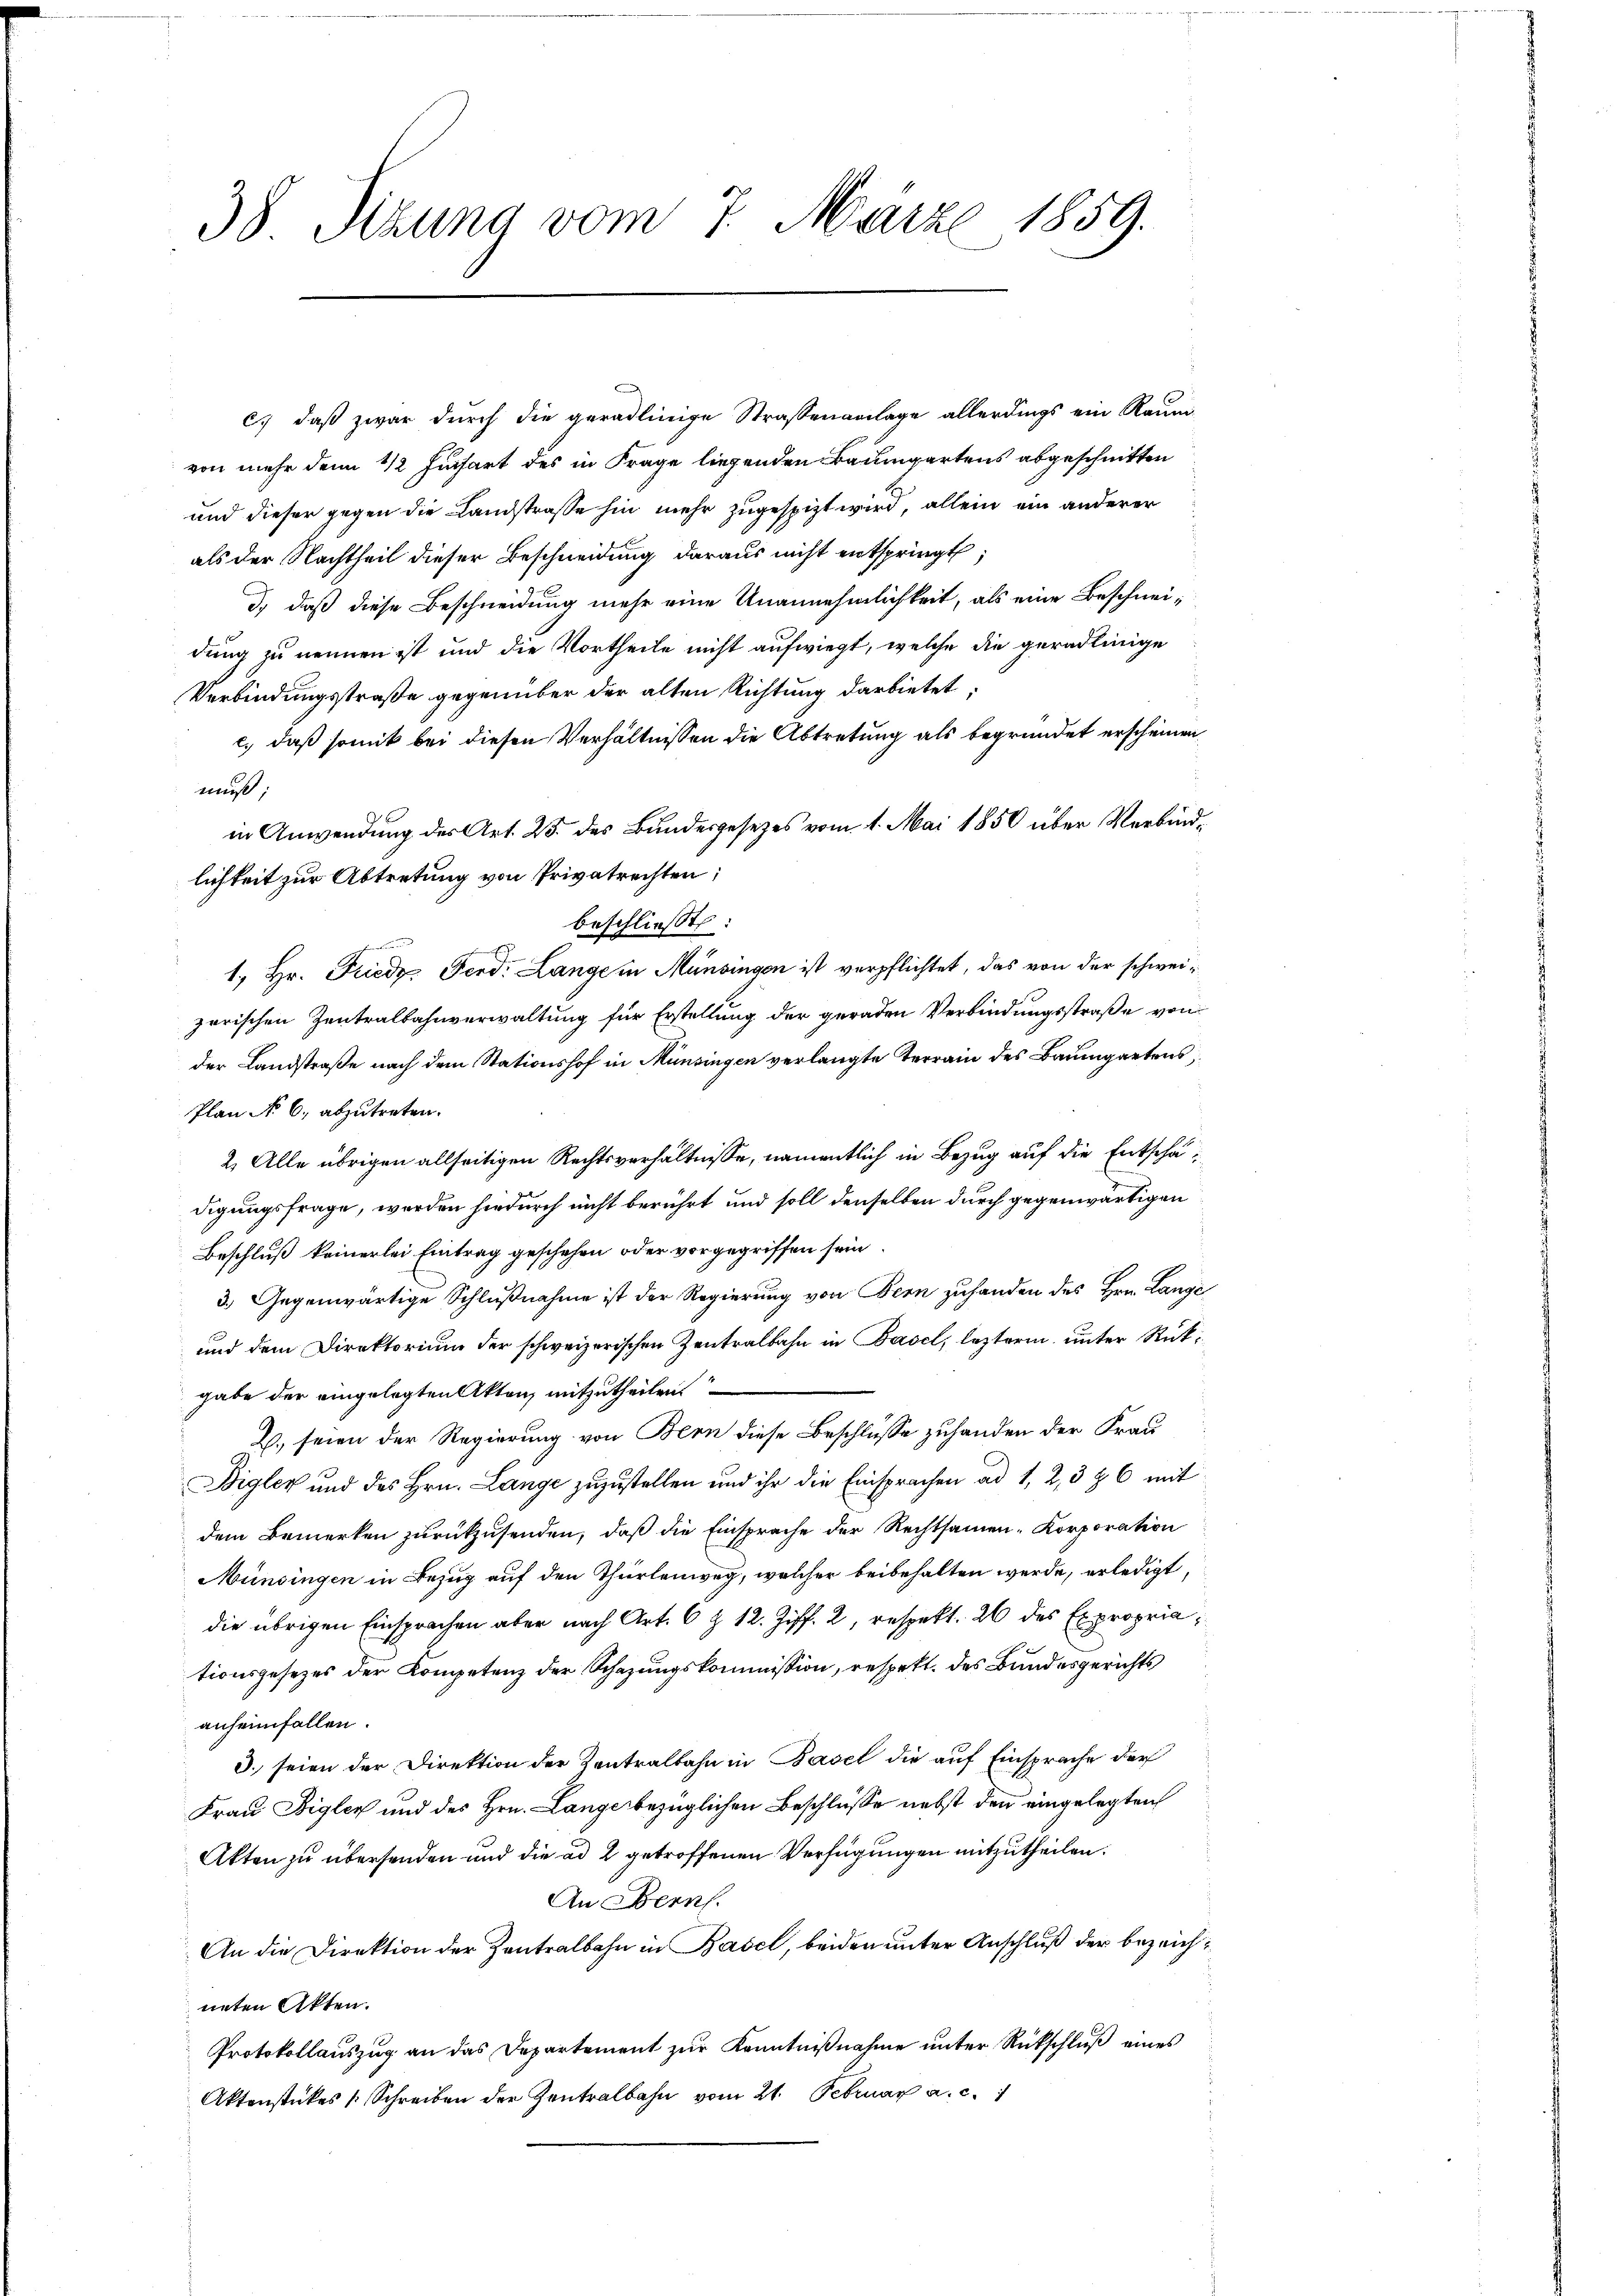
38 Sizung vom 7. März 1859.

c) daß zwar durch die geradlinige Strassenanlage allerdings ein Raum
von mehr denn 1/2 Fusart des in Frage liegenden Baumgartens abgeschnitten
und dieser gegen die Landstraße hin mehr zugespizt wird, allein ein anderer
als der Nachtheil dieser Beschneidung daraus nicht entspringt;
d., daß diese Beschneidung mehr eine Unannehmlichkeit, als eine Beschneidung zu nennen ist und die Vortheile nicht aufwiegt, welche die geradlinige
Verbindungsstraße gegenüber der alten Richtung darbietet:
c.) daß somit bei diesen Verhältnissen die Abtretung als begründet erscheinen
muß
in Anwendung des Art. 25. des Bundesgesezes vom 1. Mai 1850 über Verbindlichkeit zur Abtretung von Privatrechten;
beschliesst.

1., Hr. Friedr. Ferd: Lange in Münsingen ist verpflichtet, das von der schweizerischen Zentralbahnverwaltung für Erstellung der geraden Verbindungsstraße von
der Landstraße nach dem Stationshof in Münsingen verlangte Terrain des Baumgartens,
Plan No 6. abzutreten.
2. Alle übrigen allseitigen Rechtsverhältnisse, namentlich in Bezug auf die Entschädigungsfrage, werden hiedurch nicht berührt und soll denselben durch gegenwärtigen
Beschluß keinerlei Eintrag geschehen oder vorgegriffen sein
3.) Gegenwärtige Schlußnahme ist der Regierung von Bern zuhanden des Hrn. Lange
und dem Direktorium der schweizerischen Zentralbahn in Basel, leztere unter Rückgabe der eingelegten Akten, mitzutheilen
B. seien der Regierung von Bern diese Beschlüsse zuhanden der Frau
Bigler und des Hrn. Lange zuzustellen und ihr die Einsprachen ad 1, 2, 3 § 6 mit
dem Bemerken zurückzusenden, daß die Einsprache der Rechtsamen-Korporation
Münsingen in Bezug auf den Thürlenweg, welcher beibehalten werde, erledigt,
die übrigen Einsprachen aber nach Art. 6 Z. 12. Ziff. 2, respekt. 26 des Expropriationsgesezes der Kompetenz der Schazungskommission, respekt. des Bundesgerichts
anheimfallen.
3. seien der Direktion der Zentralbahn in Basel die auf Einsprache der
Frau Bigler und des Hrn. Lange bezüglichen Beschlüsse nebst den eingelegten
Akten zu überhanden und die ad 2 getroffenen Verfügungen mitzutheilen.
An Bern.
An die Direktion der Zentralbahn in Basel, beiden unter Anschluß der bezeichneten Akten.
Protokollauszug an das Departement zur Kenntnißnahme unter Rückschluß eines
Aktenstückes (Schreiben der Zentralbahn vom 21. Februar a. c. 1